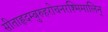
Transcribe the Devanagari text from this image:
सीताहृदम्बुरुहरोचनरश्मिमालिन्